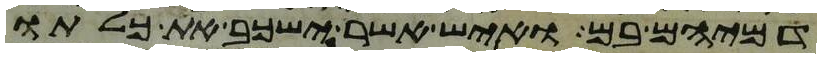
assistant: דמיהם בם ואיש אשר ישכב את כלתו